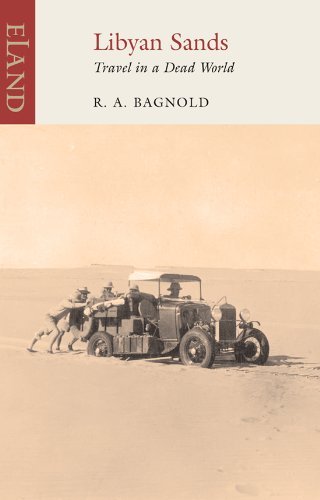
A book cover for Libyan Sands: Travel in a Dead World by R.A. Bagnold (1-Mar-2010) Paperback; R.A. Bagnold; Travel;